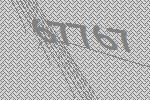
67767